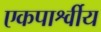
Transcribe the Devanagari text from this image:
एकपार्श्वीय